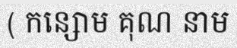
( កន្សោម គុណ នាម